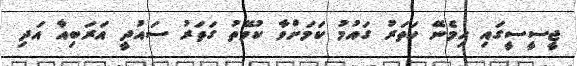
ޖީސީސީގައި ހިމެނޭ ހަތަރު ގައުމު ކަމަށްވާ ކުވޭތު ގަތަރު ސައުދީ އަރަބިއާ އަދި